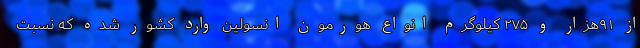
از ۹۱هزار و ۲۷۵ کیلوگرم انواع هورمون انسولین وارد کشور شده که نسبت